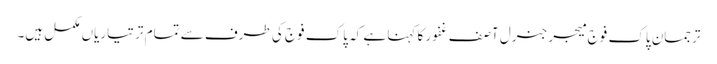
ترجمان پاک فوج میجر جنرل آصف غفور کا کہنا ہے کہ پاک فوج کی طرف سے تمام تر تیاریاں مکمل ہیں۔